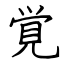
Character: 覚